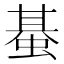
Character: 蜝